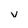
Character: v